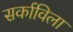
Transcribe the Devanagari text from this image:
सर्काविला